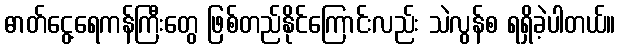
ဓာတ်ငွေ့ရေကန်ကြီးတွေ ဖြစ်တည်နိုင်ကြောင်းလည်း သဲလွန်စ ရရှိခဲ့ပါတယ်။